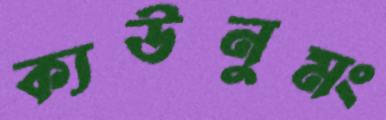
ক্যউনুমং